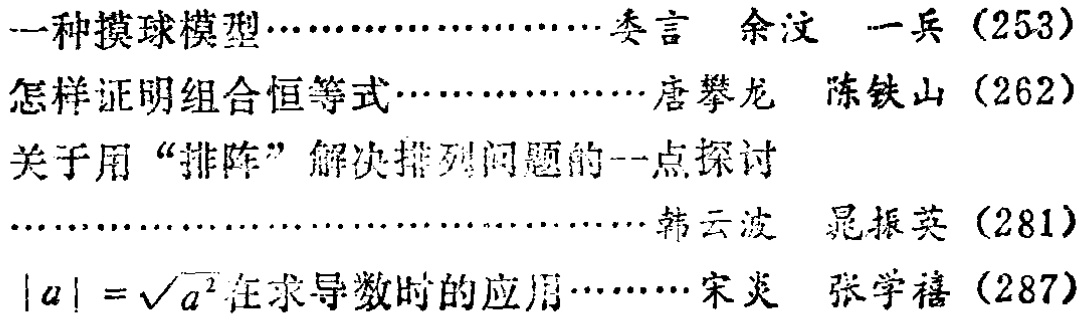
- 一种摸球模型……委言 余汶 一兵（253）

- 怎样证明组合恒等式……唐攀龙 陈铁山（262）

- 关于用“排阵”解决排列问题的一点探讨……韩云波 晁振英（281）

- $|a| = \sqrt{a^{2}}$在求导数时的应用……宋炎 张学禧（287）